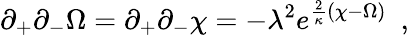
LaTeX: \partial_{+}\partial_{-}\Omega=\partial_{+}\partial_{-}\chi=-\lambda^{2}e^{{\frac{2}{\kappa}}(\chi-\Omega)}\ \ ,